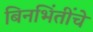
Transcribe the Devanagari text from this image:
बिनभिंतींचे